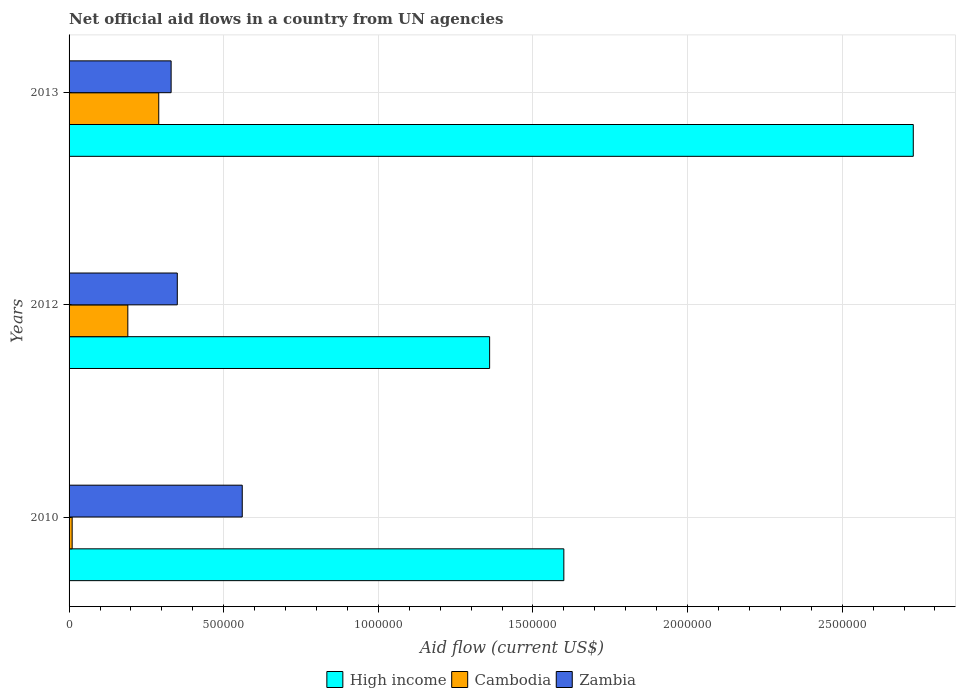
| Years | High income | Cambodia | Zambia |
 | --- | --- | --- | --- |
 | 2010 | 1.6e+06 | 1e+04 | 5.6e+05 |
 | 2012 | 1.36e+06 | 1.9e+05 | 3.5e+05 |
 | 2013 | 2.73e+06 | 2.9e+05 | 3.3e+05 |